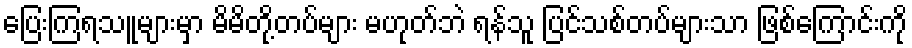
ပြေးကြရသူများမှာ မိမိတို့တပ်များ မဟုတ်ဘဲ ရန်သူ ပြင်သစ်တပ်များသာ ဖြစ်ကြောင်းကို